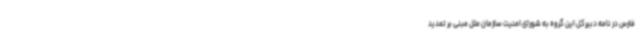
فارس در نامه دبیرکل این گروه به شورای امنیت سازمان ملل مبنی بر تمدید